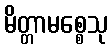
မိတ္တာမစ္စေသု